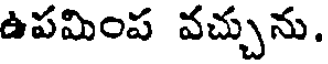
ఉపమింప వచ్చును.